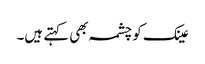
عینک کو چشمہ بھی کہتے ہیں۔